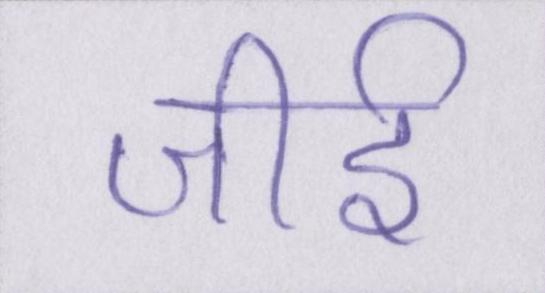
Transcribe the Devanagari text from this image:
जीर्इ